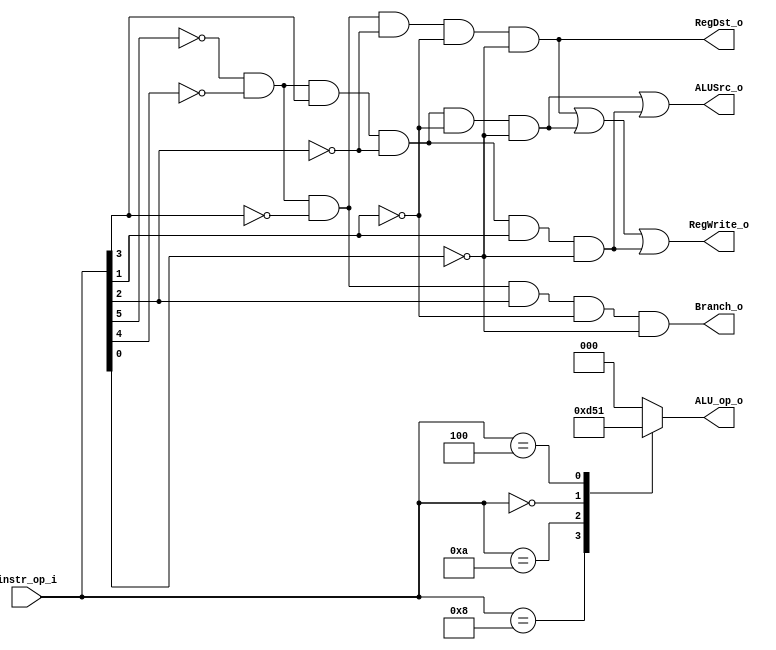
`timescale 1ns/1ps
module Decoder(
    instr_op_i,
	RegWrite_o,
	ALU_op_o,
	ALUSrc_o,
	RegDst_o,
	Branch_o
);
     
// I/O ports
input  [6-1:0] instr_op_i;

output         RegWrite_o;
output [3-1:0] ALU_op_o;
output         ALUSrc_o;
output         RegDst_o;
output         Branch_o;
 
// Internal Signals
reg    [3-1:0] ALU_op_o;
reg            ALUSrc_o;
reg            RegWrite_o;
reg            RegDst_o;
reg            Branch_o;

// Parameter

// R-format 000,000
wire rfmt = (~instr_op_i[5]) & (~instr_op_i[4]) & (~instr_op_i[3]) &
			(~instr_op_i[2]) & (~instr_op_i[1]) & (~instr_op_i[0]);

// Addi 001,000
wire addi = (~instr_op_i[5]) & (~instr_op_i[4]) & ( instr_op_i[3]) &
			(~instr_op_i[2]) & (~instr_op_i[1]) & (~instr_op_i[0]);

// slti 001,010
wire slti = (~instr_op_i[5]) & (~instr_op_i[4]) & ( instr_op_i[3]) &
			(~instr_op_i[2]) & ( instr_op_i[1]) & (~instr_op_i[0]);

// beq 000,100
wire bieq = (~instr_op_i[5]) & (~instr_op_i[4]) & (~instr_op_i[3]) &
			( instr_op_i[2]) & (~instr_op_i[1]) & (~instr_op_i[0]);

always @(*) begin 
	RegDst_o <= rfmt;
	RegWrite_o <= rfmt | addi | slti;
	Branch_o <= bieq;
	ALUSrc_o <= addi | slti;
end

// ALU_OP
always @(*) begin
	case(instr_op_i)
		6'b001000: ALU_op_o <= 3'b110;
		6'b001010: ALU_op_o <= 3'b101;
		6'b000000: ALU_op_o <= 3'b010;
		6'b000100: ALU_op_o <= 3'b001;
		default:
			ALU_op_o <= 3'b000;
	endcase
end

endmodule